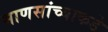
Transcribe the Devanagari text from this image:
माणसांच्याकडे